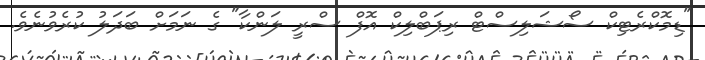
"ޑިމޮކްރެޓިކް ސޯޝަލިސްޓް ރިޕަބްލިކް އޮފް ސްރީ ލަންކާ" ގެ ނަމަށް ބަދަލު ކުރެވުނެވެ.